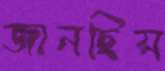
জানছিস